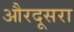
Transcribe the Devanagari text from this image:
औरदूसरा